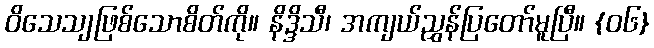
ဝိသေသျဖြစ်သောစိတ်ကို။ နိဒ္ဒိသီ၊ အကျယ်ညွှန်ပြတော်မူပြီ။ {၀၆}